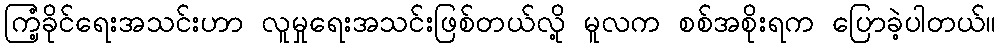
ကြံ့ခိုင်ရေးအသင်းဟာ လူမှုရေးအသင်းဖြစ်တယ်လို့ မူလက စစ်အစိုးရက ပြောခဲ့ပါတယ်။